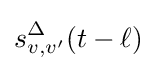
s_{v,v^{\prime }}^{\Delta }(t-\ell )